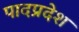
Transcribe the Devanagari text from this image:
पादप्रदेश